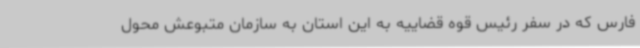
فارس که در سفر رئیس قوه قضاییه به این استان به سازمان متبوعش محول